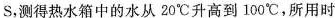
S，测得热水箱中的水从20℃升高到100℃，所用时